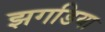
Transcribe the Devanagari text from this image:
झगडिया